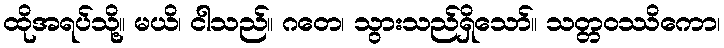
ထိုအရပ်သို့။ မယိ၊ ငါသည်။ ဂတေ၊ သွားသည်ရှိသော်။ သတ္တဝဿိကော၊